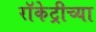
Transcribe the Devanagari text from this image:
रॉकेट्रीच्या